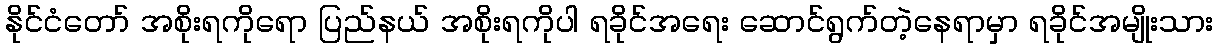
နိုင်ငံတော် အစိုးရကိုရော ပြည်နယ် အစိုးရကိုပါ ရခိုင်အရေး ဆောင်ရွက်တဲ့နေရာမှာ ရခိုင်အမျိုးသား